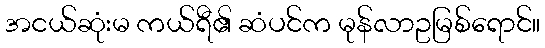
အငယ်ဆုံးမ ကယ်ရီ၏ ဆံပင်က မုန်လာဥမြစ်ရောင်။